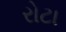
રોટા